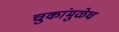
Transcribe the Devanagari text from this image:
चुकांमुळेच